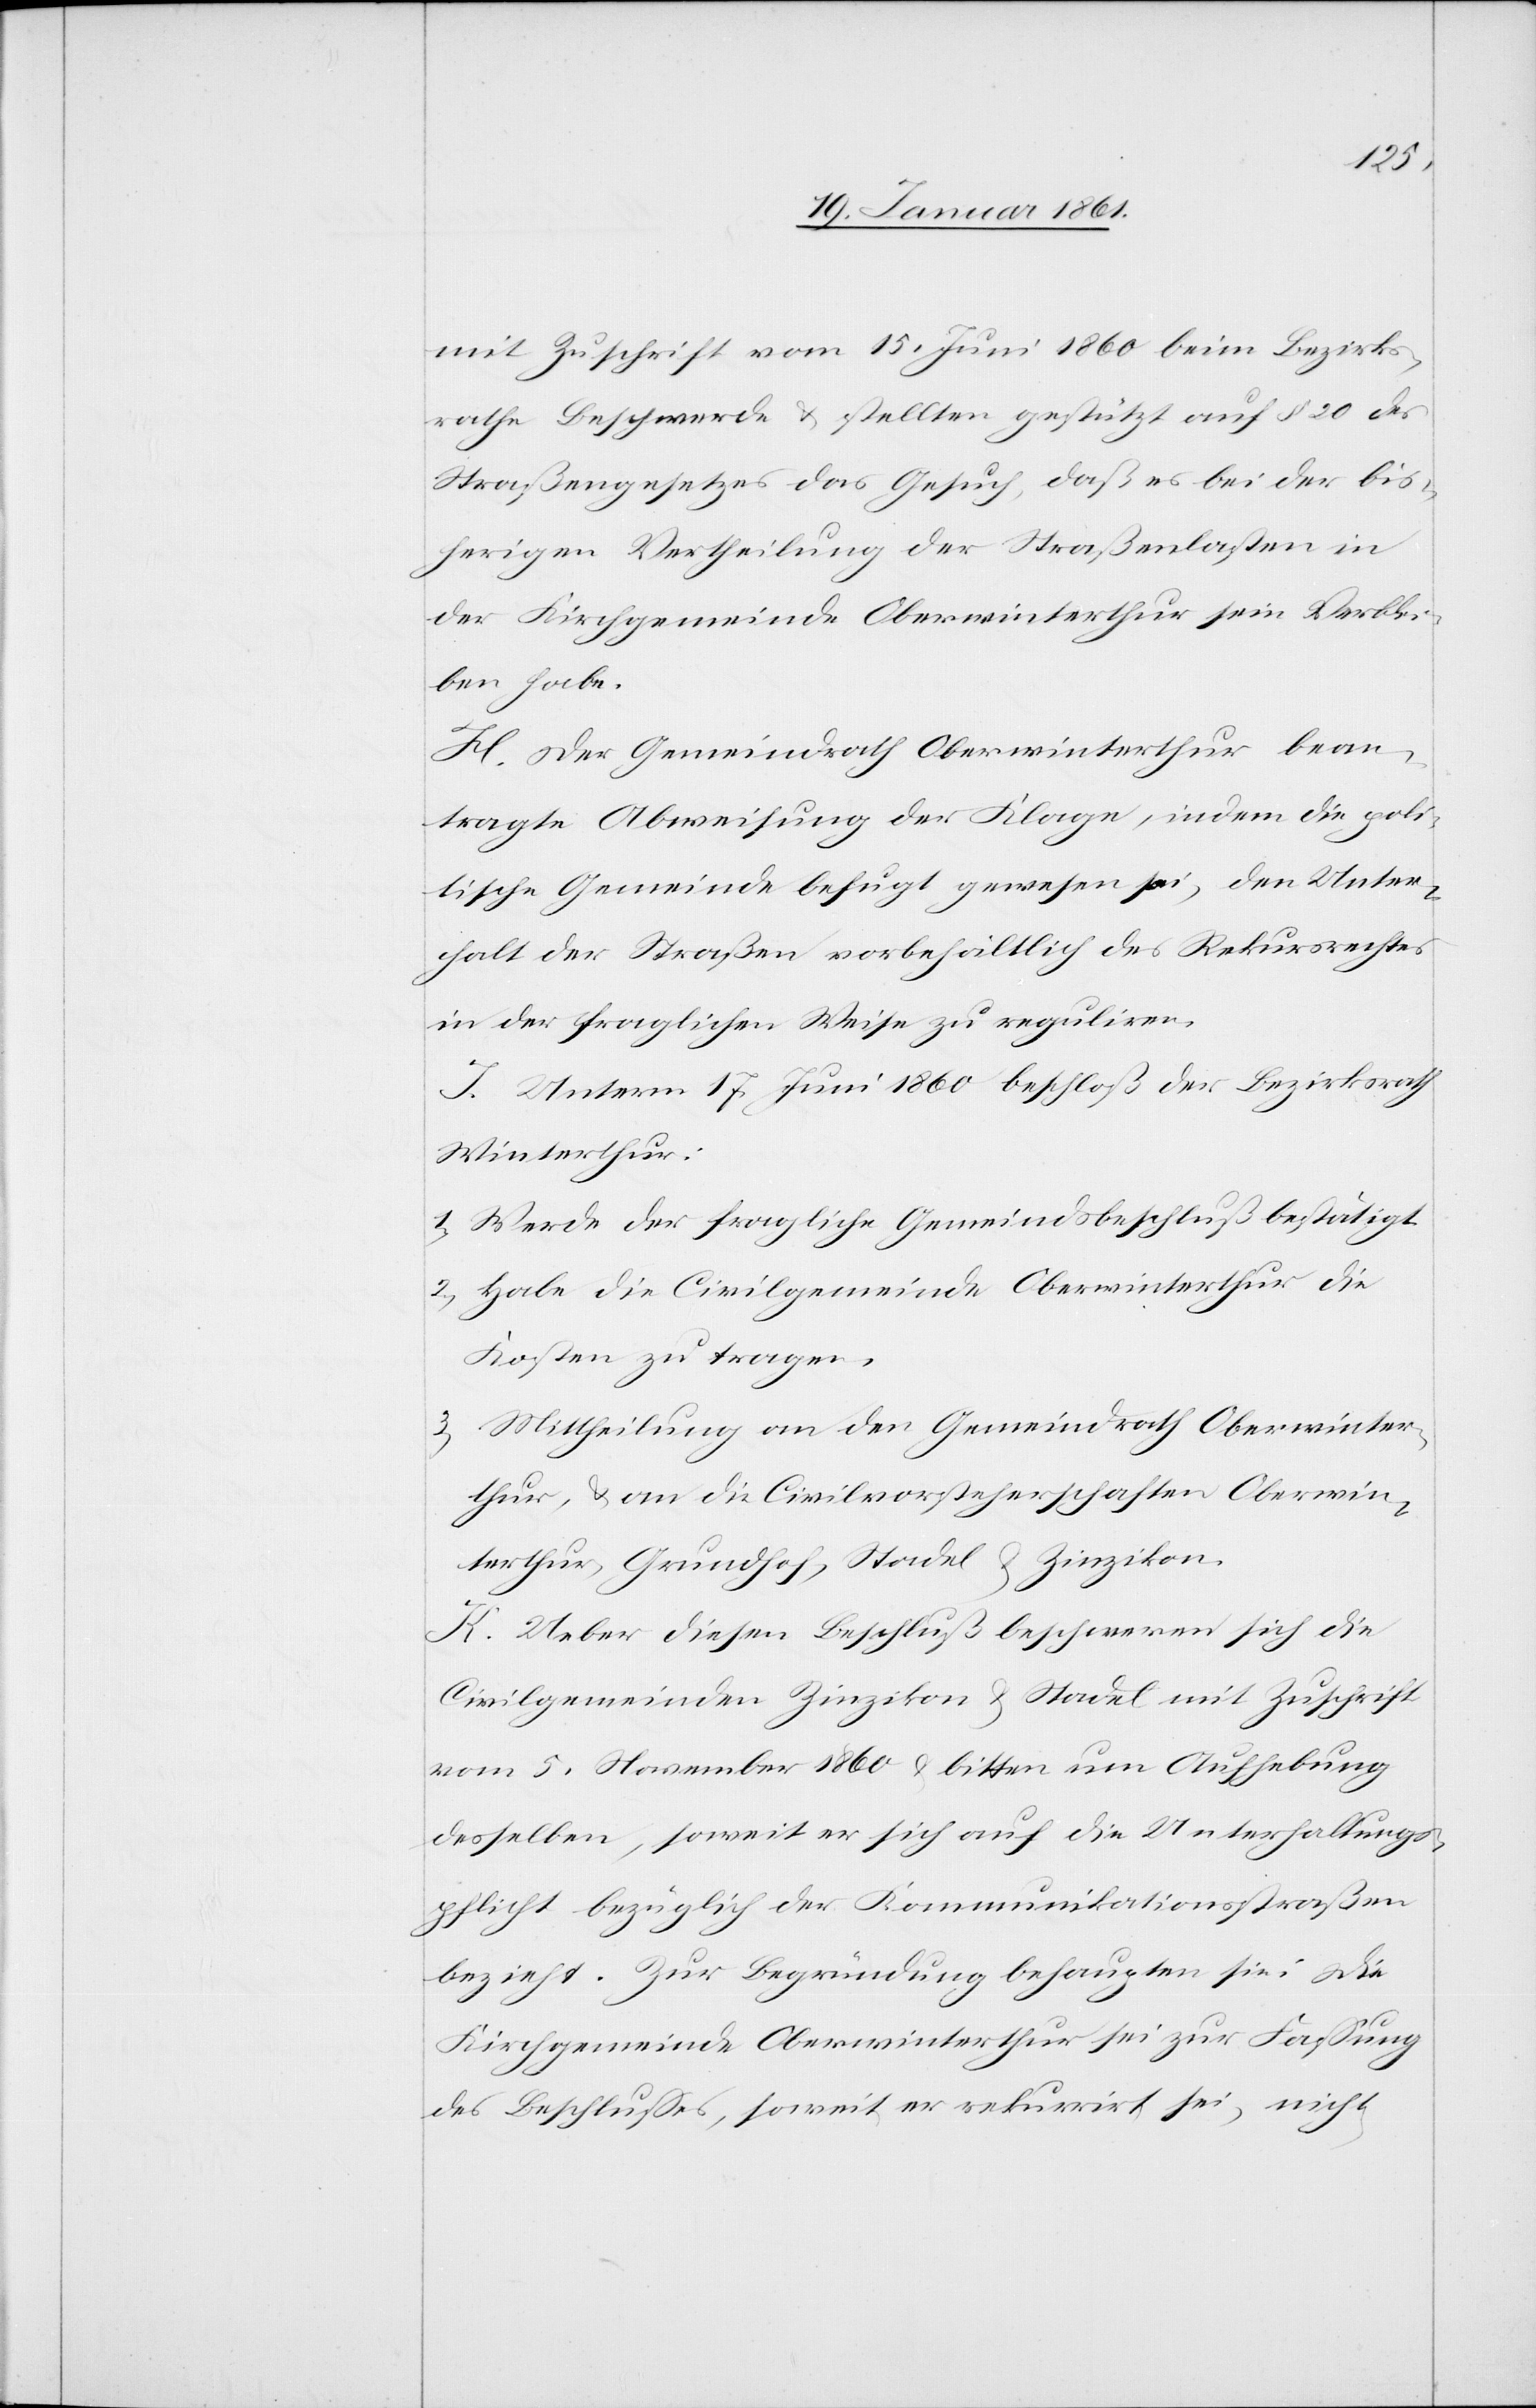
mit Zuschrift vom 15. Juni 1860 beim Bezirks¬
rathe Beschwerde u. stellten gestützt auf §. 20 des
Straßengesetzes das Gesuch, daß es bei der bis¬
herigen Vertheilung der Straßenlasten in
der Kirchgemeinde Oberwinterthur sein Verblei¬
ben habe.
H. Der Gemeindrath Oberwinterthur bean¬
tragte Abweisung der Klage, indem die poli¬
tische Gemeinde befugt gewesen sei, den Unter¬
halt der Straßen vorbehältlich des Rekursrechtes
in der fraglichen Weise zu reguliren.
I. Unterm 17. Juni 1860 beschloß der Bezirksrath
Winterthur:
1) Werde der fragliche Gemeindsbeschluß bestätigt.
2) Habe die Civilgemeinde Oberwinterthur die
Kosten zu tragen.
3) Mittheilung an den Gemeindrath Oberwinter¬
thur, u. an die Civilvorsteherschaften Oberwin¬
terthur, Grundhof, Stadel u. Zinzikon.
K. Ueber diesen Beschluß beschweren sich die
Civilgemeinden Zinzikon u. Stadel mit Zuschrift
vom 5. November 1860 u. bitten um Aufhebung
desselben, soweit er sich auf die Unterhaltungs¬
pflicht bezüglich der Kommunikationsstraßen
bezieht. Zur Begründung behaupten sie: Die
Kirchgemeinde Oberwinterthur sei zur Fassung
des Beschlusses, soweit er rekurrirt sei, nicht